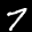
Label: 7